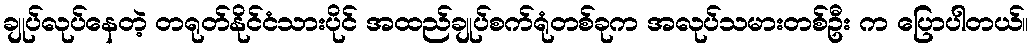
ချုပ်လုပ်နေတဲ့ တရုတ်နိုင်ငံသားပိုင် အထည်ချုပ်စက်ရုံတစ်ခုက အလုပ်သမားတစ်ဦး က ပြောပါတယ်။